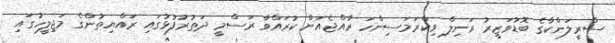
ސްރީލަންކާގެ ބޮޑުވަޒީރު ރަނިލް ވިކްރަމަސިންހަ ރާއްޖެއަށް ކުރައްވާ ރަސްމީ ދަތުރުފުޅުގައި ރައްޔިތުންގެ މަޖިލީހުގައި